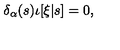
\delta _ { \alpha } ( s ) \iota [ \xi | s ] = 0 ,